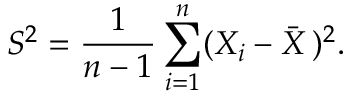
S ^ { 2 } = { \frac { 1 } { n - 1 } } \sum _ { i = 1 } ^ { n } ( X _ { i } - { \bar { X } } \, ) ^ { 2 } .